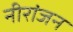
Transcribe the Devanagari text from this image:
नीरांजन